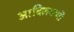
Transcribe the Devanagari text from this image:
आदिलक्ष्मी